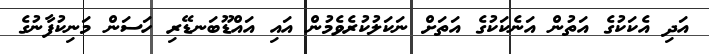
އަދި އެކަކުގެ އަތުން އަނެކަކުގެ އަތަށް ނަކަލުކުރެވެމުން އައި އައްޑޫބަނޑޭރި ހަސަން މަނިކުފާނުގެ